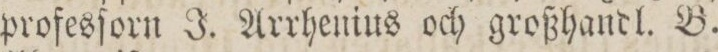
profesſorn J. Arrhenins och großhaudl. B.